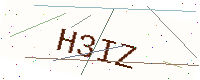
Text: H3IZ